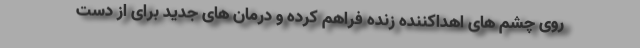
روی چشم های اهداکننده زنده فراهم کرده و درمان های جدید برای از دست